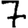
Digit: 7